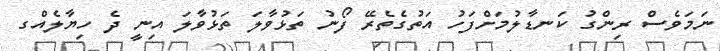
ނަމަވެސް ރިންގު ކަނޑާލުމަށްފަހު އަތުގެތެރޭ ފޯނު ތަޅުވާލަ ތަޅުވާލަ އިނީ ދެ ހިޔާލެއްގ